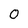
Character: 0